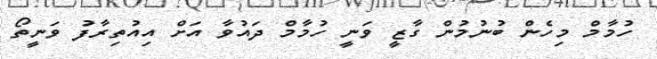
ހުމާމް މިހެން ބުނުމުން ގާޒީ ވަނީ ހުމާމް ދައުވާ އަށް އިއުތިރާފު ވަނީތޯ